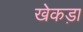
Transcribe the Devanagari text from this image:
खेकड़ा